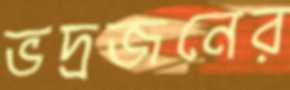
ভদ্রজনের